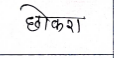
मजकूर: छोकरा